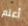
أعلم